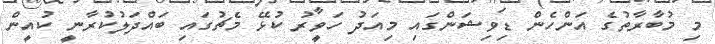
މި މުބާރާތުގެ އަންހެން ޑިވިޝަންގައި މިއަދު ހަވީރު ކުޅޭ މެޗުގައި ބައްދަލުކުރާނީ ކުއީން